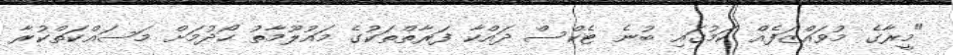
"މީރާގެ މުވައްޒަފެއް ކަމުގައި ބުނެ ޓެކްސް ދައްކާ ފަރާތްތަކުގެ މައުލޫމާތު ހޯދުމަށް މަސައްކަތްކުރާ